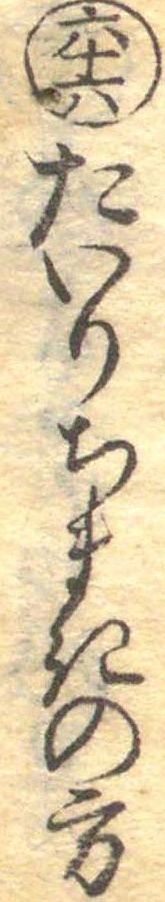
六十六たいりちまきの方